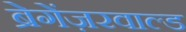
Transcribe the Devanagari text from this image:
ब्रेगेंज़रवाल्ड